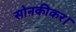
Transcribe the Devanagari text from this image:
सोनकीकर।